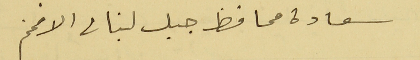
سعادة محافظ جبل لبنان الافخم